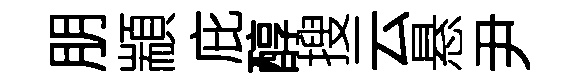
朋顓庇醇搜云悬尹